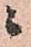
ニ